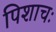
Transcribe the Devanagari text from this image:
पिशाचः